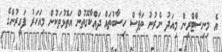
އެ މިނިސްޓްރީން މިއަދު ނެރުނު ތަފާސް ހިސާބުތައް ދައްކާގޮތުން އަތޮޅުތަކުން މިއަހަރު ފަގީރުންގެ